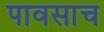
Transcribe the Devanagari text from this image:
पावसाच